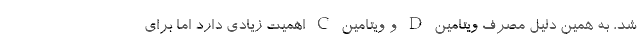
شد، به همین دلیل مصرف ویتامین D و ویتامین C اهمیت زیادی دارد اما برای